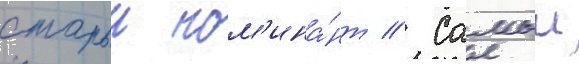
старыи ном'ина́нт // Самыи